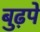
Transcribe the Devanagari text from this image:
बुढ़पे